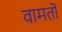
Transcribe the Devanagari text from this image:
वामतॊ